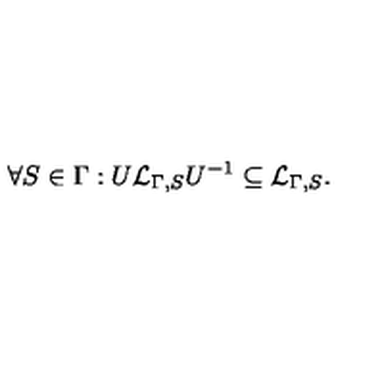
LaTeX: \forall S \in \Gamma : U { \cal L } _ { \Gamma , S } U ^ { - 1 } \subseteq { \cal L } _ { \Gamma , S } .